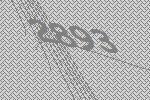
2893